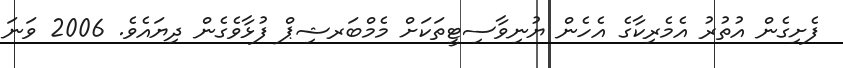
ފެށިގެން އުތުރު އެމެރިކާގެ އެހެން ޔުނިވާސިޓީތަކަށް މެމްބަރޝިޕް ފުޅާވެގެން ދިޔައެވެ. 2006 ވަނަ